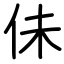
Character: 佅